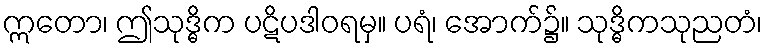
ဣတော၊ ဤသုဒ္ဓိက ပဋိပဒါဝရမှ။ ပရံ၊ အောက်၌။ သုဒ္ဓိကသုညတံ၊